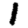
Digit: 1